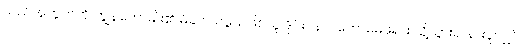
သည်အတွက်ကို ကျွန်တော်မျိုး၏ မိခင် သဖွယ်ဖြစ်သူ ဒိုင်းဝန်ကတော်မေဖုရား သို့သွား၍ နားပူလျှင်